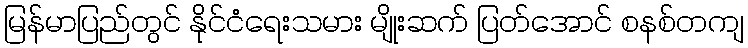
မြန်မာပြည်တွင် နိုင်ငံရေးသမား မျိုးဆက် ပြတ်အောင် စနစ်တကျ